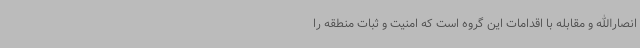
انصارالله و مقابله با اقدامات این گروه است که امنیت و ثبات منطقه را